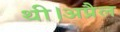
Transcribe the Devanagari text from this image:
थी।अप्रैल